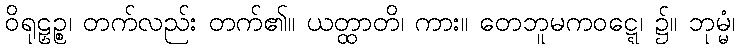
ဝိရုဠှဉ္စ၊ တက်လည်း တက်၏။ ယတ္ထာတိ၊ ကား။ တေဘူမကဝဋ္ဋေ၊ ၌။ ဘုမ္မံ၊